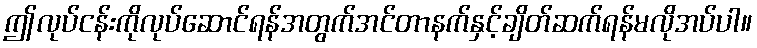
ဤလုပ်ငန်းကိုလုပ်ဆောင်ရန်အတွက်အင်တာနက်နှင့်ချိတ်ဆက်ရန်မလိုအပ်ပါ။